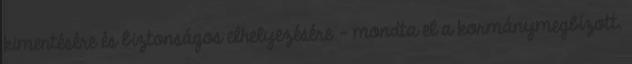
kimentésére és biztonságos elhelyezésére - mondta el a kormánymegbízott.